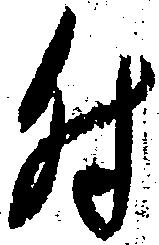
付